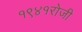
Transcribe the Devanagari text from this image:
१९४१रोजी